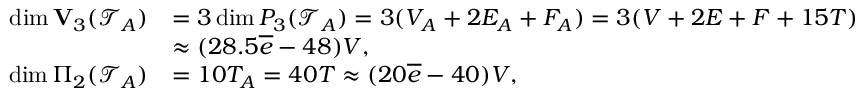
\begin{array} { r l } { \dim { \bf V } _ { 3 } ( { \mathcal T } _ { { A } } ) } & { = 3 \dim P _ { 3 } ( { \mathcal T } _ { { A } } ) = 3 ( V _ { A } + 2 E _ { A } + F _ { A } ) = 3 ( V + 2 E + F + 1 5 T ) } \\ & { \approx ( 2 8 . 5 \overline { { e } } - 4 8 ) V , } \\ { \dim \Pi _ { 2 } ( { \mathcal T } _ { { A } } ) } & { = 1 0 T _ { A } = 4 0 T \approx ( 2 0 \overline { { e } } - 4 0 ) V , } \end{array}